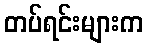
တပ်ရင်းများက